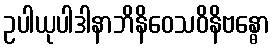
ဥပါယုပါဒါနာဘိနိဝေသဝိနိဗန္ဓော